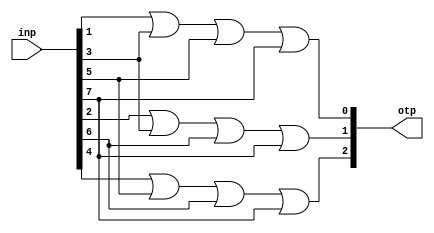
`ifndef ENC
`define ENC
 module encd(input [7:0] inp,output [2:0] otp);
  assign otp[0]=inp[1]|inp[3]|inp[5]|inp[7];
  assign otp[1]=inp[2]|inp[3]|inp[6]|inp[7];
  assign otp[2]=inp[4]|inp[5]|inp[6]|inp[7];
 endmodule
 `endif